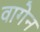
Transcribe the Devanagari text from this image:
वागेन